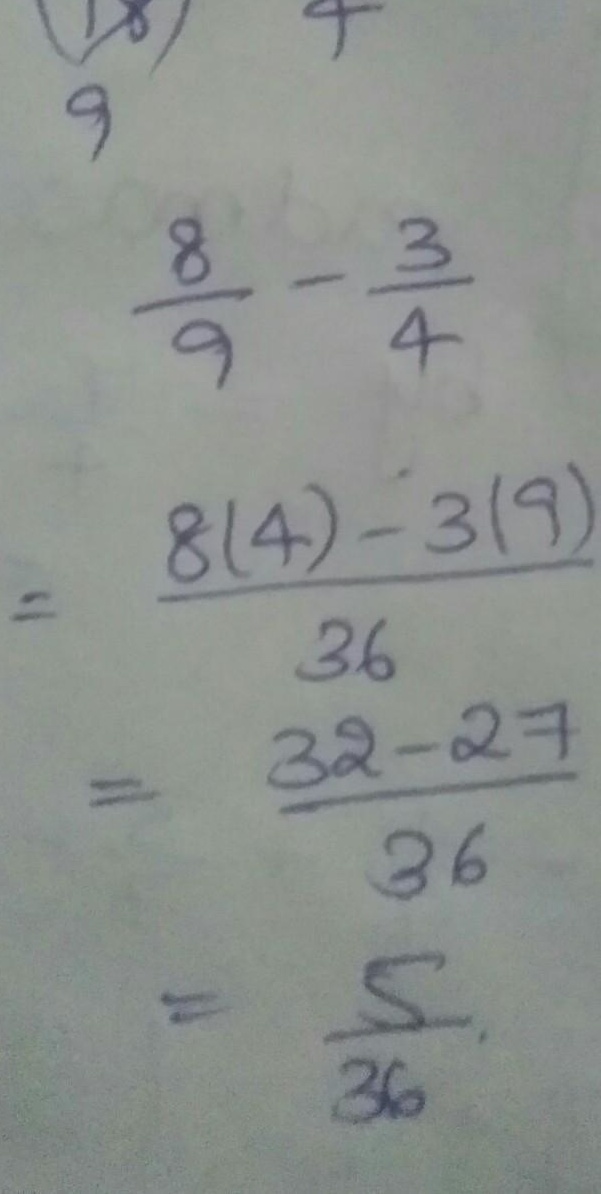
\(\frac{8}{9} - \frac{3}{4}\)
\(=\frac{8\times(4) - 3\times(9)}{36}\)
\(=\frac{32 - 27}{36}\)
\(=\frac{5}{36}\)